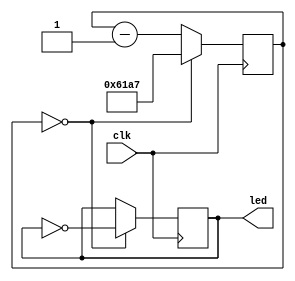
// `timescale 1ns / 1ps

module blink(clk,led); // input reset

    input clk;
    
    reg [14:0] counter = 25000; // 15 bit counter
    
    output  led;
    reg led = 0;            // toggles every 25000th cycle 

    always @(negedge clk) begin
        if (counter == 0) begin
            counter <= 24999;
            led <= ~led;
        end 
        
        else begin
            counter <= counter - 1;
        end
    end
endmodule